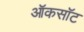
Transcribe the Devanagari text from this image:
ऑकसॉट